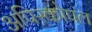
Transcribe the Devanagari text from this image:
अपिस्कोपल